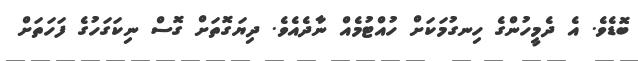
ބޮޑެވެ. އެ ދެމީހުންގެ ހިނގުމަކަށް ހުއްޓުމެއް ނާދެއެވެ. ދިޔަގޮތަށް ގޮސް ނިކަގަހުގެ ފަހަތަށް